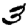
Digit: 3